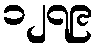
၁၂၇၉